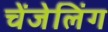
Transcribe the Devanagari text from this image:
चेंजेलिंग